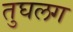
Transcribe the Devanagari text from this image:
तुघलग